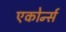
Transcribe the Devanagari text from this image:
एकोर्न्स